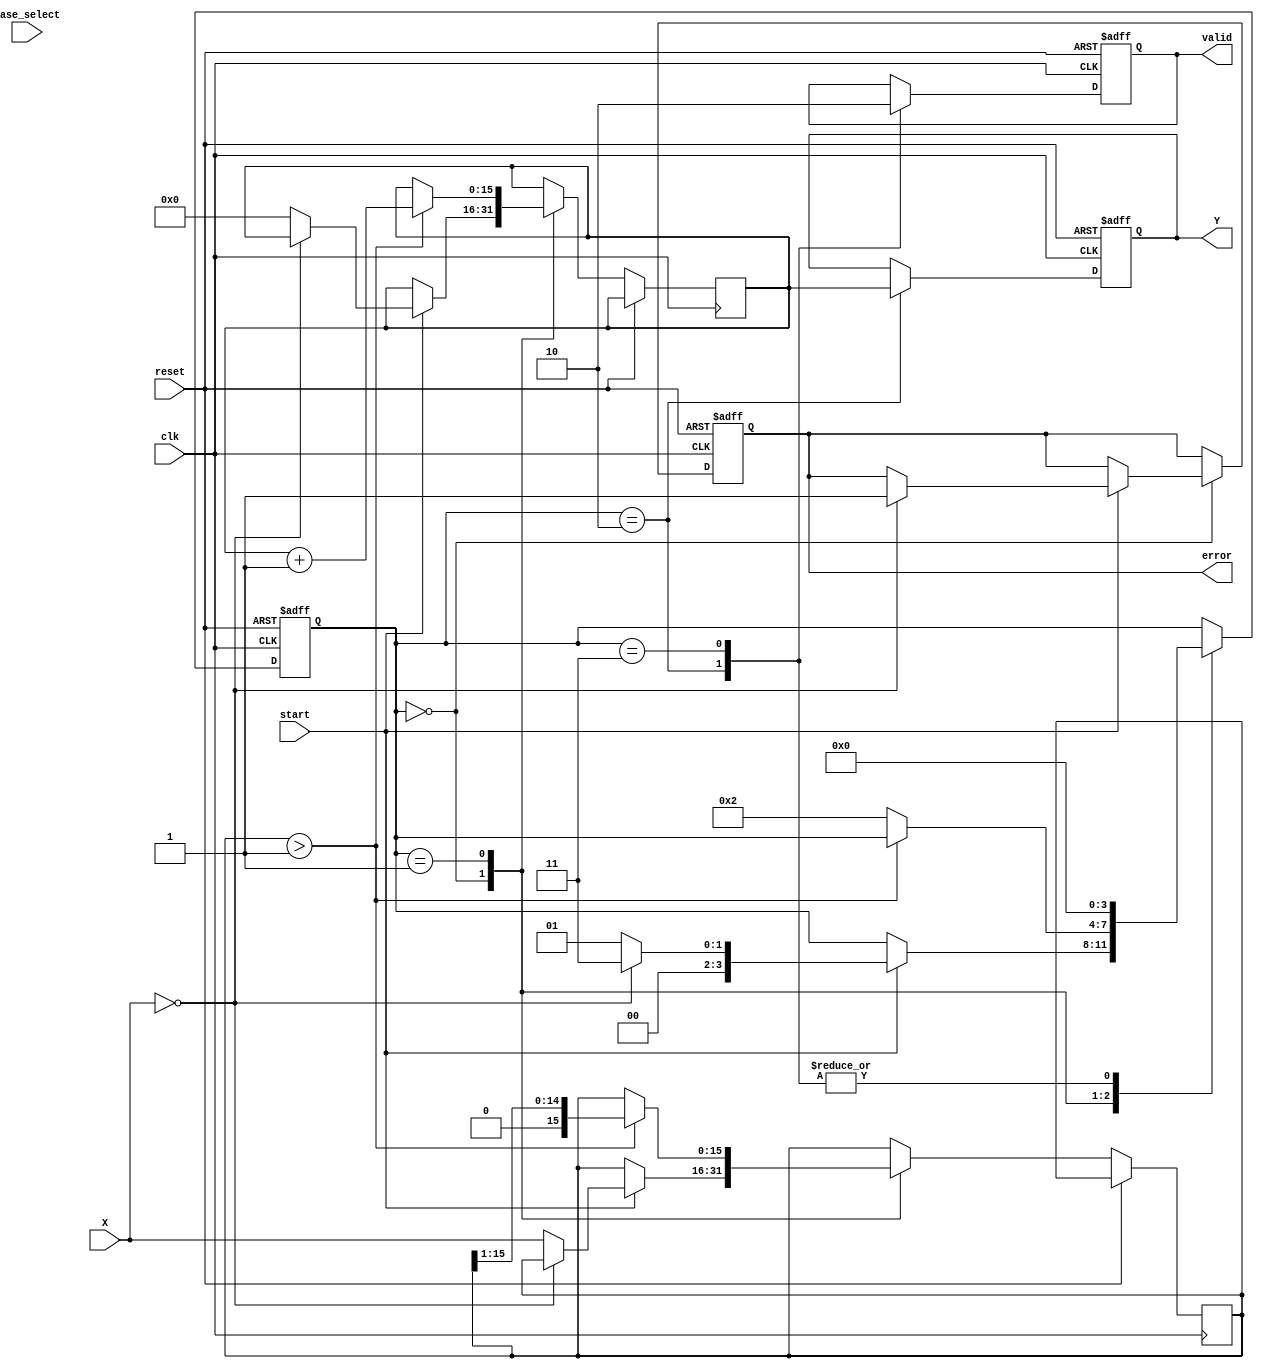
module LogarithmFunctionGenerator (
    input wire [15:0] X,            // Input value (fixed-point format)
    input wire [1:0] base_select,   // Control signal for base selection (00: base 2, 01: base 10)
    input wire start,                // Start signal for computation
    input wire clk,                  // Clock signal
    input wire reset,                // Reset signal
    output reg [15:0] Y,             // Logarithm output
    output reg valid,                // Output valid flag
    output reg error                 // Error flag for invalid input
);

    reg [15:0] log_value;            // Intermediate logarithm value
    reg [3:0] state;                 // State variable for FSM
    reg [15:0] temp_X;               // Temporary variable for input processing
    reg [15:0] base;                 // Base constant for logarithm calculation

    localparam IDLE = 0, PROCESS = 1, DONE = 2, ERROR = 3;

    // Base constants for logarithm calculation
    always @(*) begin
        case (base_select)
            2'b00: base = 16'd1; // Base 2
            2'b01: base = 16'd3; // Base 10 (for simplicity, can be adjusted)
            default: base = 16'd1; // Default to base 2
        endcase
    end

    // State machine for processing
    always @(posedge clk or posedge reset) begin
        if (reset) begin
            state <= IDLE;
            Y <= 16'd0;
            valid <= 1'b0;
            error <= 1'b0;
        end else begin
            case (state)
                IDLE: begin
                    if (start) begin
                        if (X == 16'd0) begin
                            error <= 1'b1; // Log(0) is undefined
                            state <= ERROR;
                        end else begin
                            temp_X <= X;
                            log_value <= 16'd0;
                            state <= PROCESS;
                        end
                    end
                end
                PROCESS: begin
                    // Simple iterative approximation for log base 2
                    if (temp_X > 16'd1) begin
                        temp_X <= temp_X >> 1; // Divide by 2
                        log_value <= log_value + 16'd1; // Increment log value
                    end else begin
                        state <= DONE;
                    end
                end
                DONE: begin
                    Y <= log_value; // Assign computed log value to output
                    valid <= 1'b1;  // Set valid flag
                    state <= IDLE;   // Return to idle
                end
                ERROR: begin
                    valid <= 1'b0; // Clear valid flag
                    state <= IDLE; // Return to idle
                end
            endcase
        end
    end

endmodule